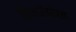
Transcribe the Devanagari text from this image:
चित्रकारीबरोबरच